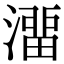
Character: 澑